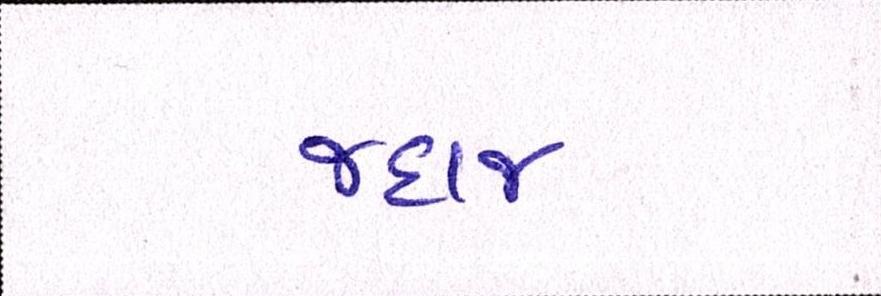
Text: જહાજ